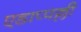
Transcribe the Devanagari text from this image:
एडाप्पल्ली